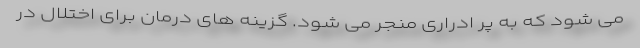
می شود که به پر ادراری منجر می شود. گزینه های درمان برای اختلال در